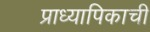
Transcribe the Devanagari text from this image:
प्राध्यापिकाची